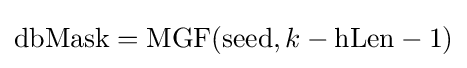
\mathrm {dbMask} =\mathrm {MGF} (\mathrm {seed} ,k-\mathrm {hLen} -1)